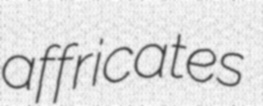
affricates